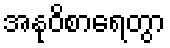
အနုဝိစာရေတွာ